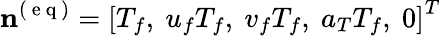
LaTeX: \mathbf{n}^{(\mathrm{~e~q~})}=\left[T_{f},\ u_{f}T_{f},\ v_{f}T_{f},\ a_{T}T_{f},\ 0\right]^{T}